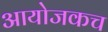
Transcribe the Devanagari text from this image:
आयोजकच